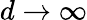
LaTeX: d\to\infty